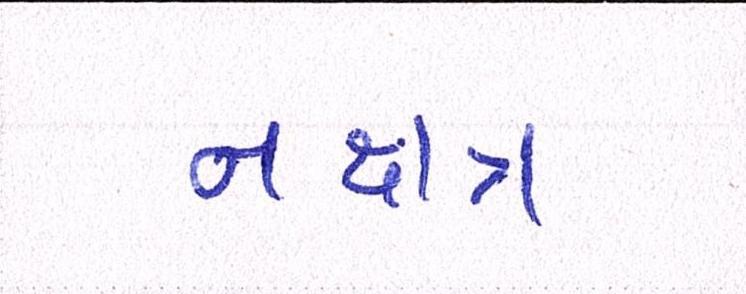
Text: નક્ષત્ર